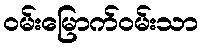
ဝမ်းမြောက်ဝမ်းသာ